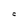
Character: C